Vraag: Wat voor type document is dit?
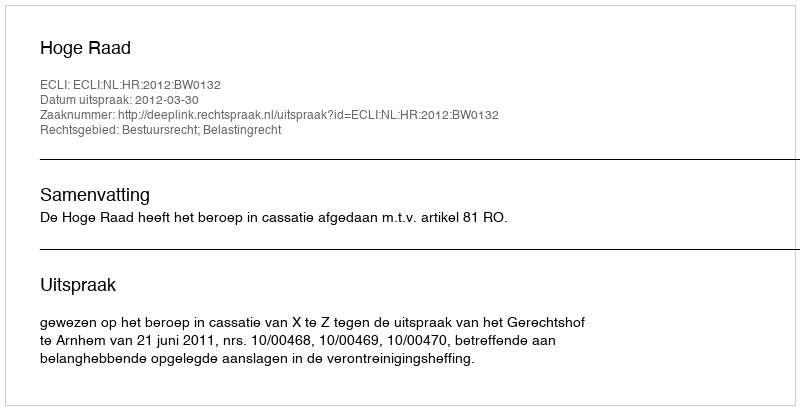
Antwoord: Uitspraak